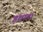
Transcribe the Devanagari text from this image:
इशान।